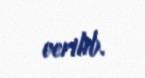
verilib.